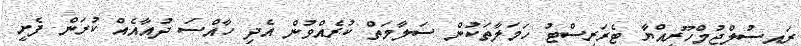
ރައީސުލްޖުމްހޫރިއްޔާ ޓެރަރިސްޓު ހަމަލާތަކުން ސަލާމަތް ކުރެއްވުން އެދި ހާއްސަ ދުއާއެއް ކުރަން ފެށީ